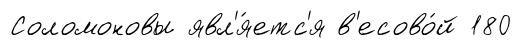
Соломоновы явл'я́етс'я в'есово́й 180